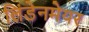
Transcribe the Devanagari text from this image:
लिंडेनमेयर